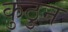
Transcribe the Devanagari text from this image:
कुठुन